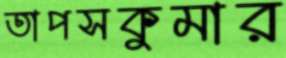
তাপসকুমার